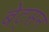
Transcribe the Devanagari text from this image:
बेट्सन